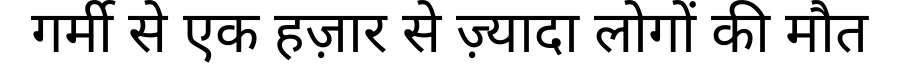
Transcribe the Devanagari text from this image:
गर्मी से एक हज़ार से ज़्यादा लोगों की मौत